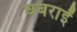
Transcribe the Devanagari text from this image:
घबराईं